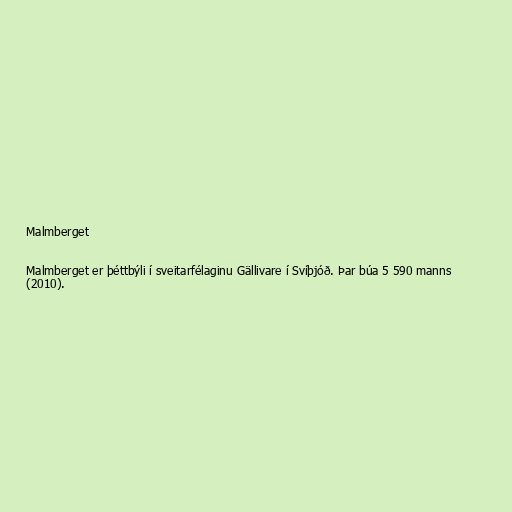
Malmberget

Malmberget er þéttbýli í sveitarfélaginu Gällivare í Svíþjóð. Þar búa 5 590 manns
(2010).